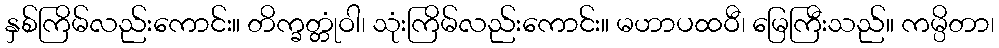
နှစ်ကြိမ်လည်းကောင်း။ တိက္ခတ္တုံဝါ၊ သုံးကြိမ်လည်းကောင်း။ မဟာပထဝီ၊ မြေကြီးသည်။ ကမ္ပိတာ၊